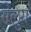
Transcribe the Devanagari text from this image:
गेलुग